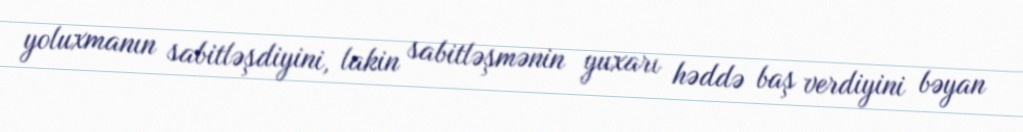
yoluxmanın sabitləşdiyini, lakin sabitləşmənin yuxarı həddə baş verdiyini bəyan